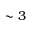
\sim 3